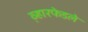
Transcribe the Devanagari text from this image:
व्ह़ारफेडले